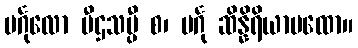
ပင်္ဂုလော ပီဌသပ္ပီ စ၊ ပင်္ဂု ဆိန္နိရိယာပထော။